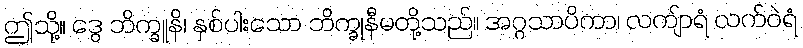
ဤသို့။ ဒွေ ဘိက္ခူနိ၊ နှစ်ပါးသော ဘိက္ခုနီမတို့သည်။ အဂ္ဂသာပိကာ၊ လကျ်ာရံ လက်ဝဲရံ